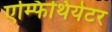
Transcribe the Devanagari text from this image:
एम्फिथियेटर